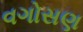
વગોસણ